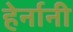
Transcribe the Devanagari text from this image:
हेर्नानी